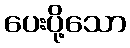
ပေးပို့သော